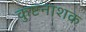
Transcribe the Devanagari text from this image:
कुष्टनाशक